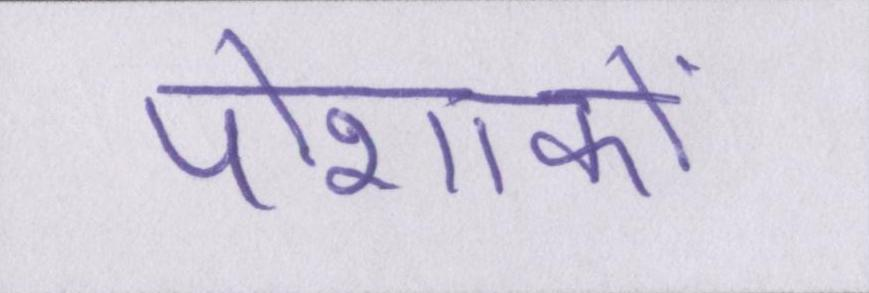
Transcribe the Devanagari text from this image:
पोशाकों